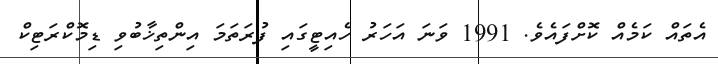
އެތައް ކަމެއް ކޮށްފައެވެ. 1991 ވަނަ އަހަރު ހެއިޓީގައި ފުރަތަމަ އިންތިޚާބުވި ޑިމޮކްރަޓިކް